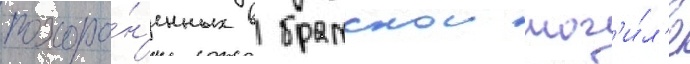
похоро́н'енных в братскои мог'и́л'е